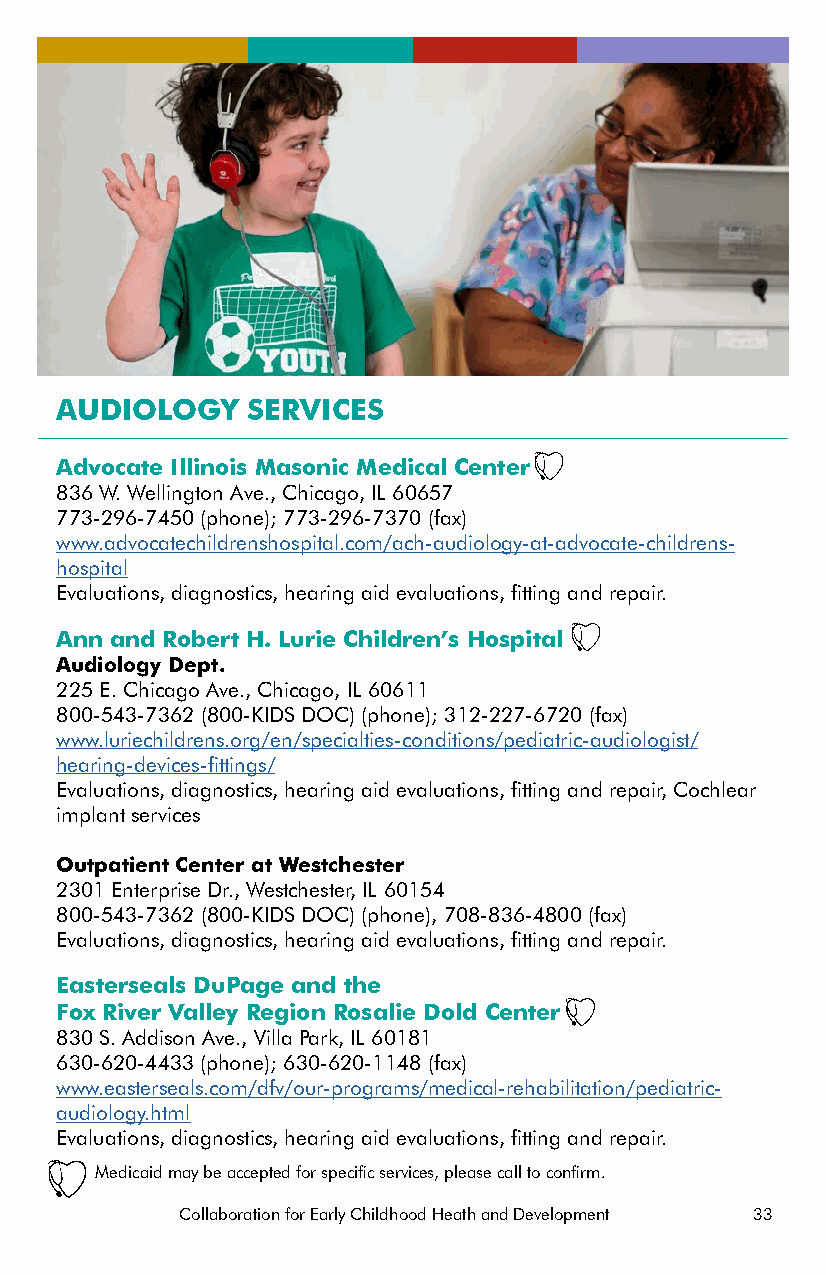
AUDIOLOGY   SERVICES
 Advocate Illinois Masonic Medical Center
 836 W. Wellington Ave., Chicago, IL 60657
 773-296-7450 (phone); 773-296-7370 (fax)
 www.advocatechildrenshospital.com/ach-audiology-at-advocate-childrens-
 hospital
 Evaluations, diagnostics, hearing aid evaluations, fitting and repair.
 Ann and Robert H. Lurie Children’s Hospital
 Audiology Dept.
 225 E. Chicago Ave., Chicago, IL 60611
 800-543-7362 (800-KIDS DOC) (phone); 312-227-6720 (fax)
 www.luriechildrens.org/en/specialties-conditions/pediatric-audiologist/
 hearing-devices-fittings/
 Evaluations, diagnostics, hearing aid evaluations, fitting and repair, Cochlear
 implant services
 Outpatient Center at Westchester
 2301 Enterprise Dr., Westchester, IL 60154
 800-543-7362 (800-KIDS DOC) (phone), 708-836-4800 (fax)
 Evaluations, diagnostics, hearing aid evaluations, fitting and repair.
 Easterseals DuPage and the
 Fox River Valley Region Rosalie Dold Center
 830 S. Addison Ave., Villa Park, IL 60181
 630-620-4433 (phone); 630-620-1148 (fax)
 www.easterseals.com/dfv/our-programs/medical-rehabilitation/pediatric-
 audiology.html
 Evaluations, diagnostics, hearing aid evaluations, fitting and repair.
 Medicaid may be accepted for specific services, please call to confirm.
 Collaboration for Early Childhood Heath and Development 33